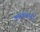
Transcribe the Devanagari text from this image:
कास्यनगरी